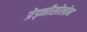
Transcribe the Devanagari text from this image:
प्रेड्नीसोलोन